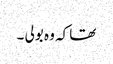
تھا کہ وہ بولی ۔